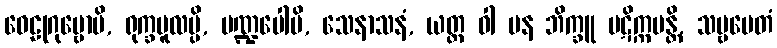
ဝေဠုဂုမ္ဗောပိ, ရုက္ခမူလမ္ပိ, မဏ္ဍပေါပိ, သေနာသနံ, ယတ္ထ ဝါ ပန ဘိက္ခူ ပဋိက္ကမန္တိ, သဗ္ဗမေတံ